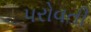
પરોવતી